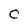
Character: C